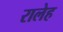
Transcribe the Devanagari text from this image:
रालेह